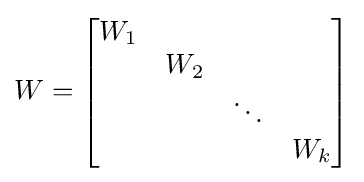
W={\begin{bmatrix}W_{1}&&&\\&W_{2}&&\\&&\ddots &\\&&&W_{k}\\\end{bmatrix}}